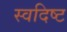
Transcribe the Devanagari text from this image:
स्वदिष्ट